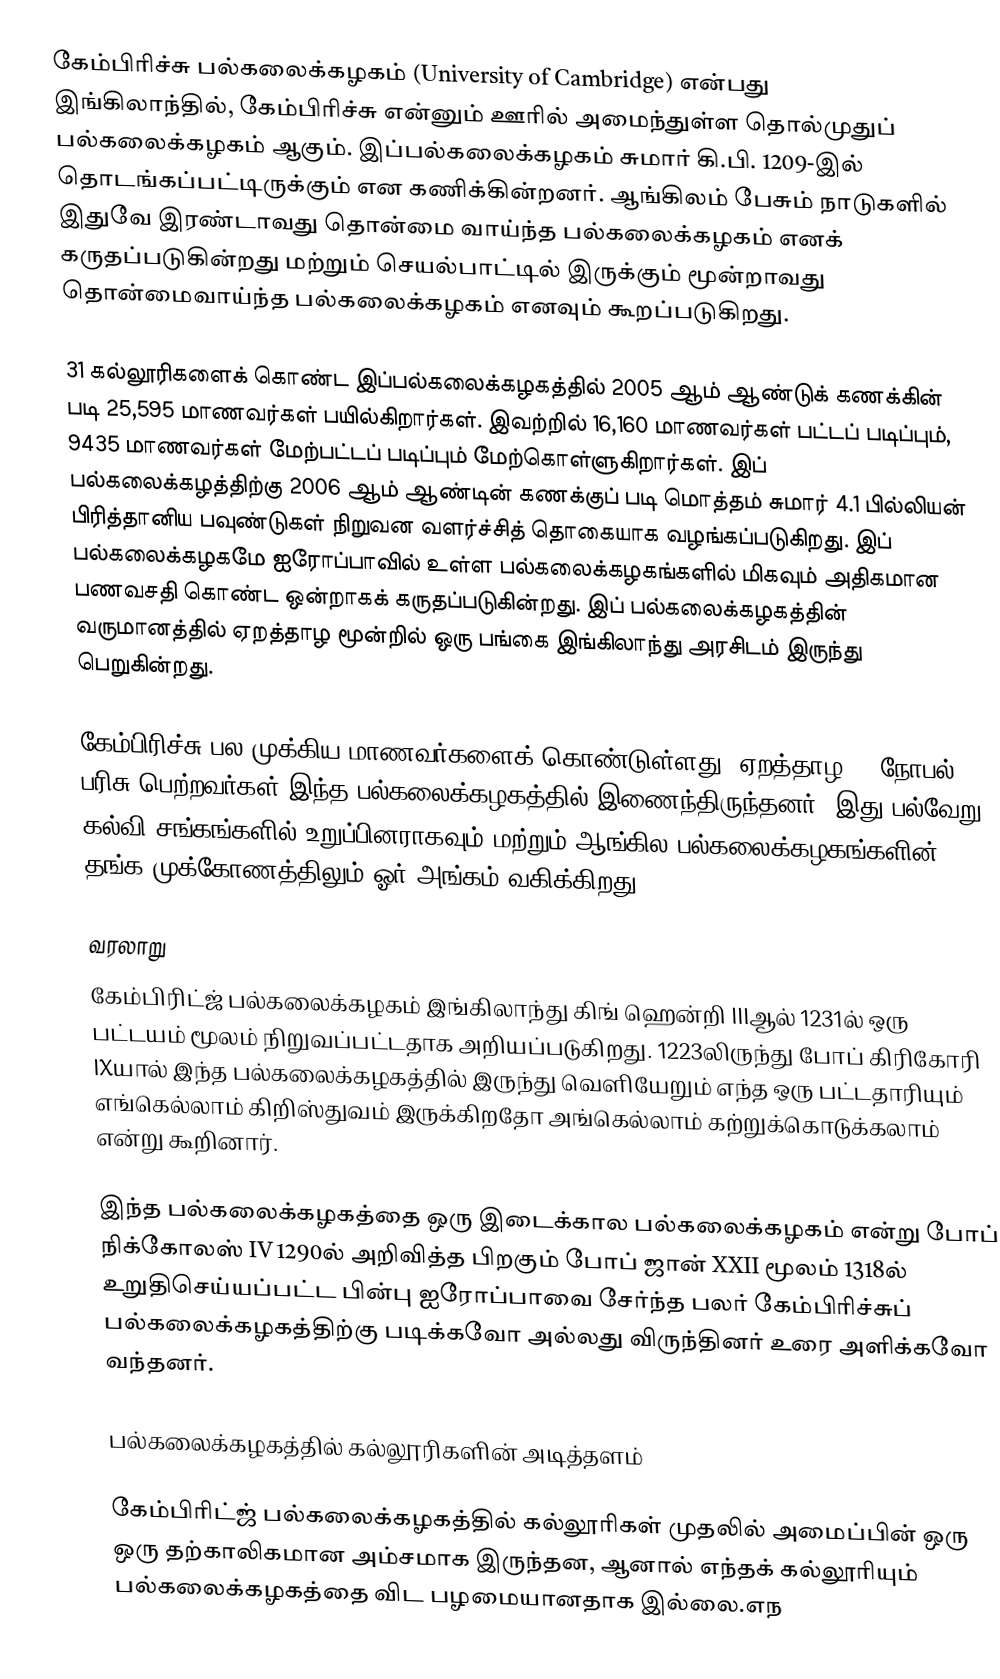
கேம்பிரிச்சு பல்கலைக்கழகம் (University of Cambridge) என்பது இங்கிலாந்தில், கேம்பிரிச்சு என்னும் ஊரில் அமைந்துள்ள தொல்முதுப் பல்கலைக்கழகம் ஆகும். இப்பல்கலைக்கழகம் சுமார் கி.பி. 1209-இல் தொடங்கப்பட்டிருக்கும் என கணிக்கின்றனர். ஆங்கிலம் பேசும் நாடுகளில் இதுவே இரண்டாவது தொன்மை வாய்ந்த பல்கலைக்கழகம் எனக் கருதப்படுகின்றது மற்றும் செயல்பாட்டில் இருக்கும் மூன்றாவது தொன்மைவாய்ந்த பல்கலைக்கழகம் எனவும் கூறப்படுகிறது.

31 கல்லூரிகளைக் கொண்ட இப்பல்கலைக்கழகத்தில் 2005 ஆம் ஆண்டுக் கணக்கின் படி 25,595 மாணவர்கள் பயில்கிறார்கள். இவற்றில் 16,160 மாணவர்கள் பட்டப் படிப்பும், 9435 மாணவர்கள் மேற்பட்டப் படிப்பும் மேற்கொள்ளுகிறார்கள். இப் பல்கலைக்கழத்திற்கு 2006 ஆம் ஆண்டின் கணக்குப் படி மொத்தம் சுமார் 4.1 பில்லியன் பிரித்தானிய பவுண்டுகள் நிறுவன வளர்ச்சித் தொகையாக வழங்கப்படுகிறது. இப் பல்கலைக்கழகமே ஐரோப்பாவில் உள்ள பல்கலைக்கழகங்களில் மிகவும் அதிகமான பணவசதி கொண்ட ஒன்றாகக் கருதப்படுகின்றது. இப் பல்கலைக்கழகத்தின் வருமானத்தில் ஏறத்தாழ மூன்றில் ஒரு பங்கை இங்கிலாந்து அரசிடம் இருந்து பெறுகின்றது.

கேம்பிரிச்சு பல முக்கிய மாணவர்களைக்  கொண்டுள்ளது, ஏறத்தாழ 90 நோபல் பரிசு பெற்றவர்கள் இந்த பல்கலைக்கழகத்தில் இணைந்திருந்தனர். இது பல்வேறு கல்வி சங்கங்களில் உறுப்பினராகவும் மற்றும் ஆங்கில பல்கலைக்கழகங்களின் தங்க முக்கோணத்திலும் ஓர் அங்கம் வகிக்கிறது.

வரலாறு
கேம்பிரிட்ஜ் பல்கலைக்கழகம் இங்கிலாந்து கிங் ஹென்றி IIIஆல்  1231ல்  ஒரு பட்டயம் மூலம் நிறுவப்பட்டதாக அறியப்படுகிறது. 1223லிருந்து போப் கிரிகோரி IXயால் இந்த பல்கலைக்கழகத்தில் இருந்து வெளியேறும் எந்த ஒரு பட்டதாரியும் எங்கெல்லாம் கிறிஸ்துவம் இருக்கிறதோ அங்கெல்லாம் கற்றுக்கொடுக்கலாம் என்று கூறினார்.

இந்த பல்கலைக்கழகத்தை ஒரு இடைக்கால பல்கலைக்கழகம் என்று போப் நிக்கோலஸ் IV 1290ல்  அறிவித்த பிறகும் போப் ஜான் XXII மூலம் 1318ல்  உறுதிசெய்யப்பட்ட பின்பு ஐரோப்பாவை சேர்ந்த பலர்  கேம்பிரிச்சுப் பல்கலைக்கழகத்திற்கு படிக்கவோ அல்லது விருந்தினர் உரை அளிக்கவோ வந்தனர்.

பல்கலைக்கழகத்தில் கல்லூரிகளின் அடித்தளம்

கேம்பிரிட்ஜ் பல்கலைக்கழகத்தில் கல்லூரிகள் முதலில் அமைப்பின் ஒரு ஒரு தற்காலிகமான அம்சமாக இருந்தன, ஆனால் எந்தக் கல்லூரியும் பல்கலைக்கழகத்தை  விட பழமையானதாக இல்லை.எந